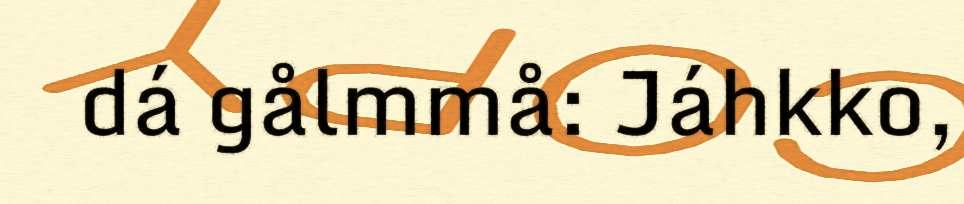
dá gålmmå: Jáhkko,